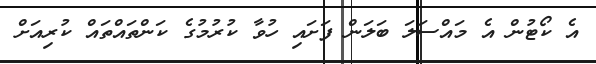
އެ ކޯޓުން އެ މައްސަލަ ބަލަން ފަށައި ހުވާ ކުރުމުގެ ކަންތައްތައް ކުރިއަށް